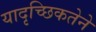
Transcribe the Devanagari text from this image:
यादृच्छिकतेने